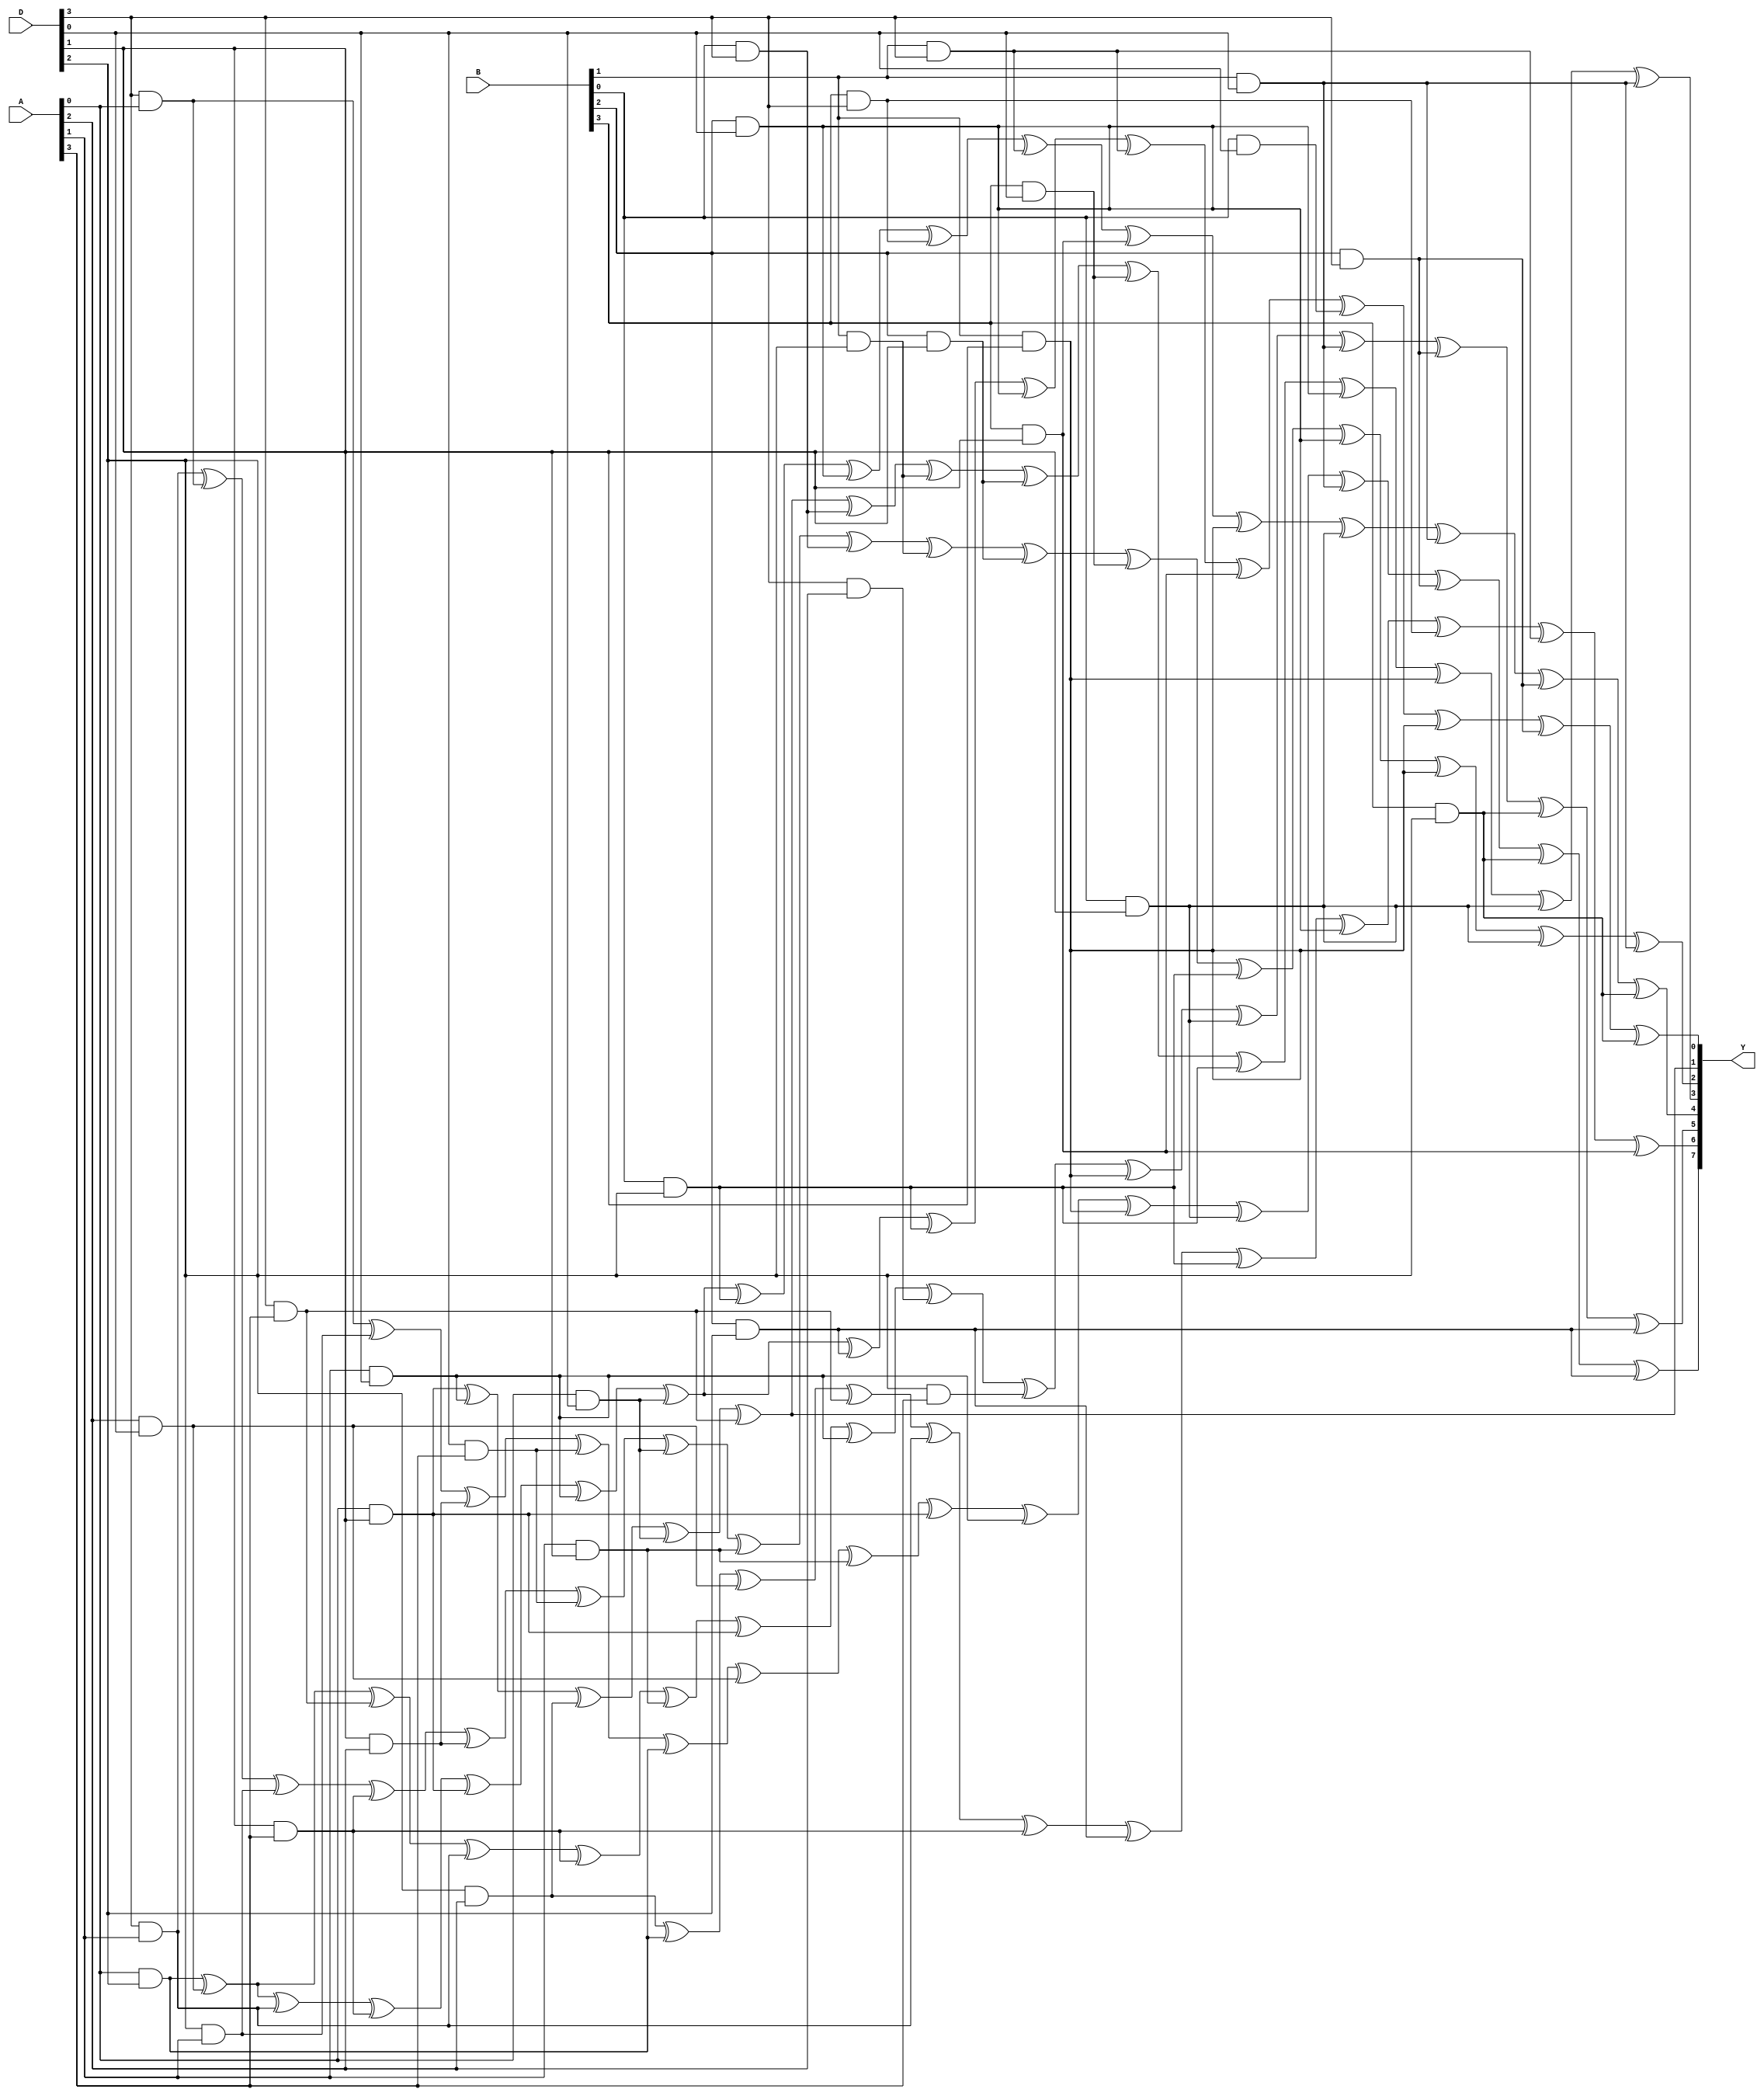
/////////////////////////////////////////////////////////////////////////////////
//
// Original Author: Sumio Morioka & Akashi Satoh
// Adapted by:
// 
// Module Name: pprm_stage_3
// Project Name: aes_sboxes
// Description: Stage 3 of the 3-stage PPRM inverter.
// 
// Dependencies: None.
// 
// Additional Comments: Based on design from "An Optimized S-Box Circuit
//                      Architecture for Low Power AES Design".
// 
//////////////////////////////////////////////////////////////////////////////////

module pprm_stage_3 (
        input   wire    [3:0]   A,
        input   wire    [3:0]   B,
        input   wire    [3:0]   D, 
        output  wire    [7:0]   Y
    );

    //----------------------------------------------------------------
    // Continuous assignments
    //----------------------------------------------------------------
    assign Y[7] = (D[3] & A[0]) ^ (D[2] & A[1]) ^ (D[1] & A[2]) ^ (D[0] & A[3]) ^ (A[0] & D[2]) ^ (A[2] & D[0]) ^ (A[1] & D[1]) ^ (A[0] & D[1]) ^ (A[1] & D[0]) ^
                  (B[1] & D[1]) ^ (B[0] & D[1]) ^ (B[1] & D[0]) ^ (B[2] & D[3]) ^ (B[3] & D[2]) ^ (B[2] & D[2]);
    assign Y[6] = (D[2] & A[2]) ^ (A[0] & D[2]) ^ (A[2] & D[0]) ^ (D[3] & A[3]) ^ (D[3] & A[1]) ^ (D[1] & A[3]) ^ (B[2] & D[2]) ^ (B[0] & D[2]) ^ (B[2] & D[0]) ^
                  (B[3] & D[3]) ^ (B[1] & D[3]) ^ (B[3] & D[1]);
    assign Y[5] = (A[0] & D[2]) ^ (A[2] & D[0]) ^ (D[3] & A[3]) ^ (D[3] & A[1]) ^ (D[1] & A[3]) ^ (A[1] & D[1]) ^ (A[0] & D[1]) ^ (A[1] & D[0]) ^ (D[3] & A[2]) ^
                  (D[2] & A[3]) ^ (B[1] & D[1]) ^ (B[0] & D[1]) ^ (B[1] & D[0]) ^ (B[2] & D[3]) ^ (B[3] & D[2]) ^ (B[2] & D[2]);
    assign Y[4] = (A[0] & D[2]) ^ (A[2] & D[0]) ^ (D[3] & A[1]) ^ (D[1] & A[3]) ^ (A[0] & D[1]) ^ (A[1] & D[0]) ^ (A[0] & D[0]) ^ (B[0] & D[2]) ^ (B[2] & D[0]) ^
                  (B[3] & D[3]) ^ (B[1] & D[3]) ^ (B[3] & D[1]) ^ (B[1] & D[1]) ^ (B[0] & D[1]) ^ (B[1] & D[0]) ^ (B[2] & D[3]) ^ (B[3] & D[2]);
    assign Y[3] = (A[0] & D[1]) ^ (A[1] & D[0]) ^ (D[2] & A[2]) ^ (A[0] & D[0]) ^ (D[3] & A[3]) ^ (B[0] & D[3]) ^ (B[1] & D[2]) ^ (B[2] & D[1]) ^ (B[3] & D[0]) ^
                  (B[0] & D[2]) ^ (B[2] & D[0]) ^ (B[1] & D[1]) ^ (B[0] & D[1]) ^ (B[1] & D[0]);
    assign Y[2] = (D[3] & A[1]) ^ (D[3] & A[0]) ^ (D[2] & A[1]) ^ (D[1] & A[3]) ^ (D[1] & A[2]) ^ (D[0] & A[3]) ^ (A[0] & D[0]) ^ (A[1] & D[1]) ^ (B[0] & D[3]) ^
                  (B[1] & D[2]) ^ (B[2] & D[1]) ^ (B[3] & D[0]) ^ (B[0] & D[2]) ^ (B[2] & D[0]) ^ (B[1] & D[1]) ^ (B[0] & D[1]) ^ (B[1] & D[0]);
    assign Y[1] = (A[0] & D[1]) ^ (A[1] & D[0]) ^ (D[2] & A[2]) ^ (A[0] & D[0]) ^ (D[3] & A[3]);
    assign Y[0] = (A[0] & D[2]) ^ (A[2] & D[0]) ^ (D[3] & A[1]) ^ (D[1] & A[3]) ^ (A[0] & D[1]) ^ (A[1] & D[0]) ^ (A[0] & D[0]) ^ (B[2] & D[2]) ^ (B[0] & D[2]) ^
                  (B[2] & D[0]) ^ (B[1] & D[3]) ^ (B[3] & D[1]) ^ (B[0] & D[0]) ^ (B[1] & D[1]) ^ (B[2] & D[3]) ^ (B[3] & D[2]);

endmodule // pprm_stage_3